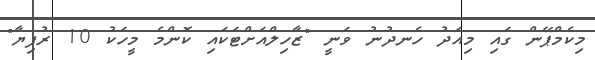
މިކެމްޕޭން ގައި މިއަދު ހެނދުނު ވަނީ "ޒާހިލްއަށްޓަކައި ކޮންމެ މީހަކު 10 ރުފިޔާ"